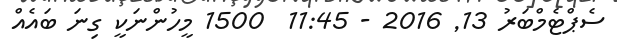
ސެޕްޓެމްބަރު 13